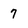
Character: 7